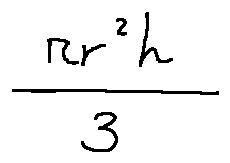
\frac { \pi r ^ { 2 } h } { 3 }